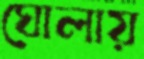
ঘোলায়